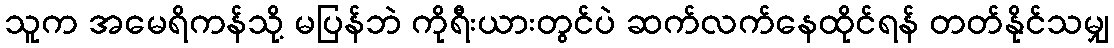
သူက အမေရိကန်သို့ မပြန်ဘဲ ကိုရီးယားတွင်ပဲ ဆက်လက်နေထိုင်ရန် တတ်နိုင်သမျှ